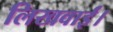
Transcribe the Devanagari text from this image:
लिखवाईं।